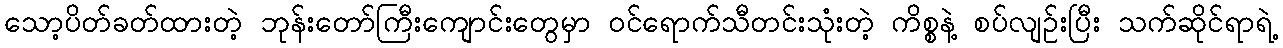
သော့ပိတ်ခတ်ထားတဲ့ ဘုန်းတော်ကြီးကျောင်းတွေမှာ ဝင်ရောက်သီတင်းသုံးတဲ့ ကိစ္စနဲ့ စပ်လျဉ်းပြီး သက်ဆိုင်ရာရဲ့